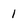
Character: 1